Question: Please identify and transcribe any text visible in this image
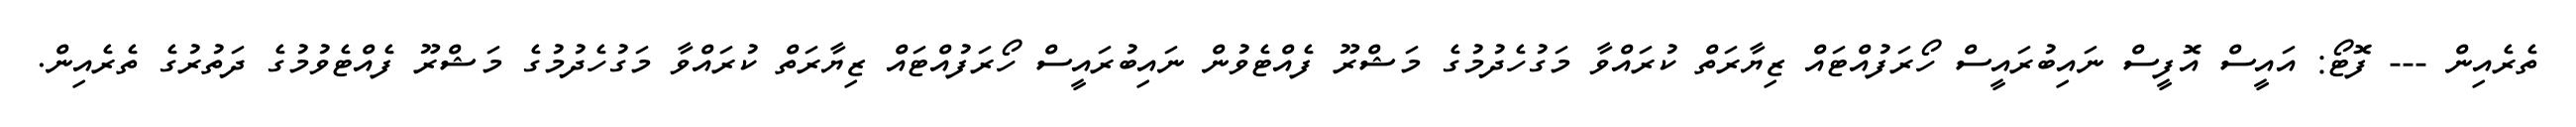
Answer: ތެރެއިން --- ފޮޓޯ: އައީސް އޮފީސް ނައިބުރައީސް ހޯރަފުއްޓައް ޒިޔާރަތް ކުރައްވާ މަގުހެދުމުގެ މަޝްރޫ ފެއްޓެވުން ނައިބުރައީސް ހޯރަފުއްޓައް ޒިޔާރަތް ކުރައްވާ މަގުހެދުމުގެ މަޝްރޫ ފެއްޓެވުމުގެ ދަތުރުގެ ތެރެއިން.